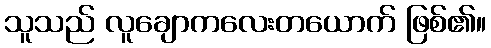
သူသည် လူချောကလေးတယောက် ဖြစ်၏။